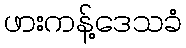
ဖားကန့်ဒေသခံ